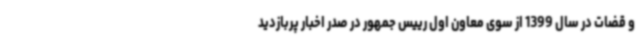
و قضات در سال 1399 از سوی معاون اول رییس جمهور در صدر اخبار پربازدید